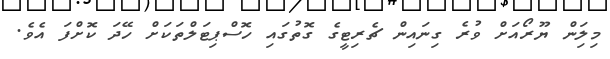
މިލިަން ޔޫރޯއަށް ވުރެ ގިިނައިން ޗެރިޓީގެ ގޮތުގައި ހޮސްޕިޓަލްތަކަށް ހޭދަ ކޮށްފަ އެވެ.